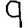
Digit: 9